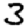
Digit: 3